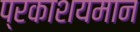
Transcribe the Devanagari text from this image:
प्रकाशयमान